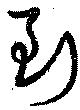
到